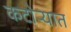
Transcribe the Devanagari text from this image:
कटोऱ्यात